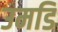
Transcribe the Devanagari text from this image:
उमडि